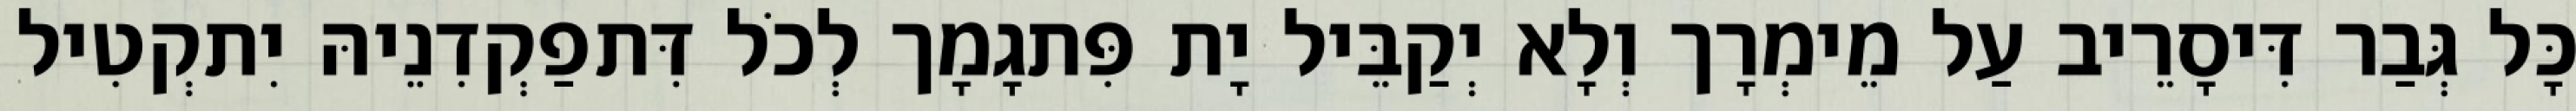
כָּל גְּבַר דִּיסָרֵיב עַל מֵימְרָך וְלָא יְקַבֵּיל יָת פִּתגָמָך לְכֹל דִּתפַקְדִנֵיהּ יִתקְטִיל